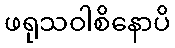
ဖရုသဝါစိနောပိ